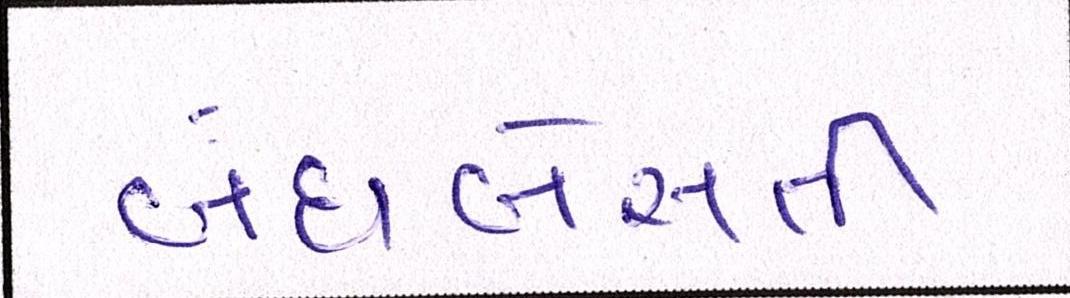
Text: બંસબેસતી